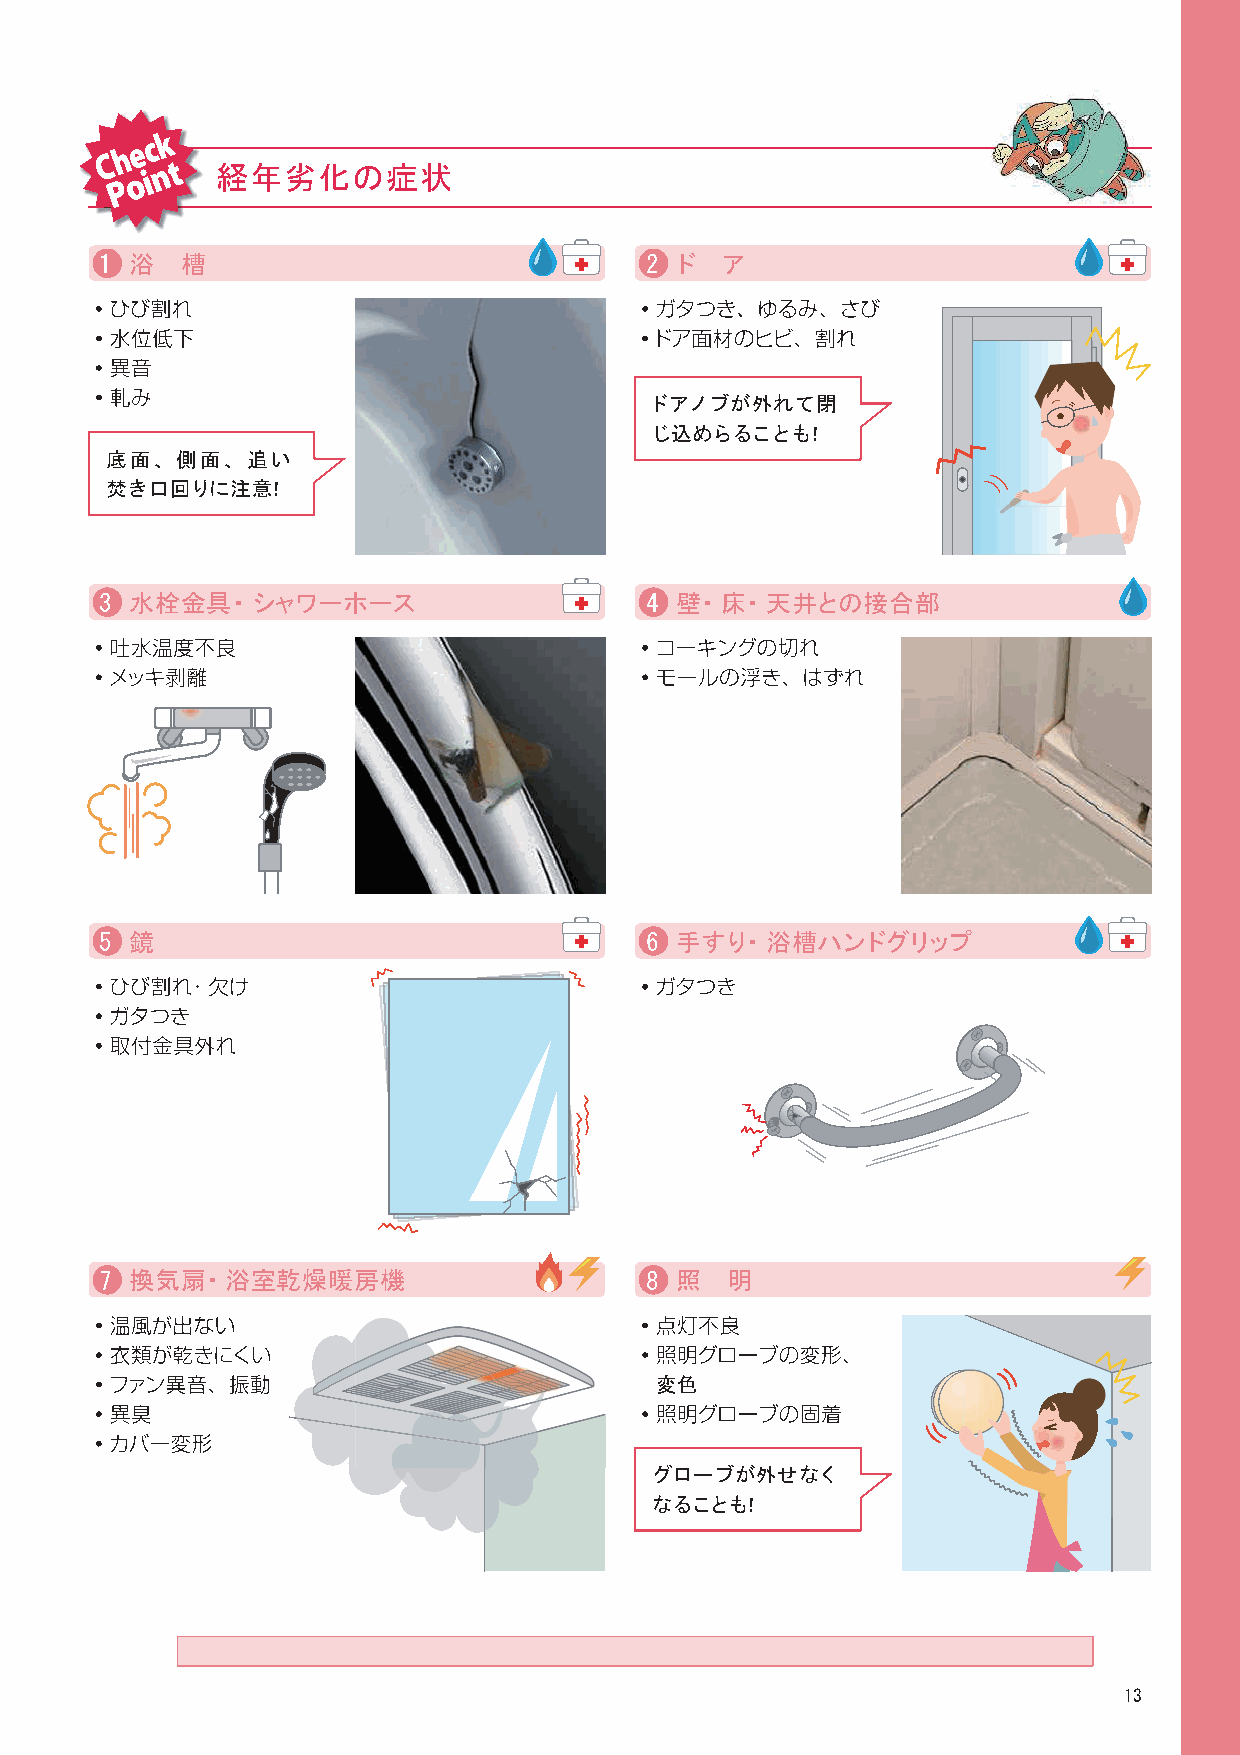
C h e c k
 o i n t 経年劣化の症状
 P
 1 浴  槽                              2 ド  ア
 ドアノブが外れて閉
 じ込めらることも！
 底面、側面、追い
 焚き口回りに注意！
 3 水栓金具・シャワーホース                      4 壁・床・天井との接合部
 5 鏡                                 6 手すり・浴槽ハンドグリップ
 7 換気扇・浴室乾燥暖房機                       8 照  明
 変色
 グローブが外せなく
 なることも！
 13